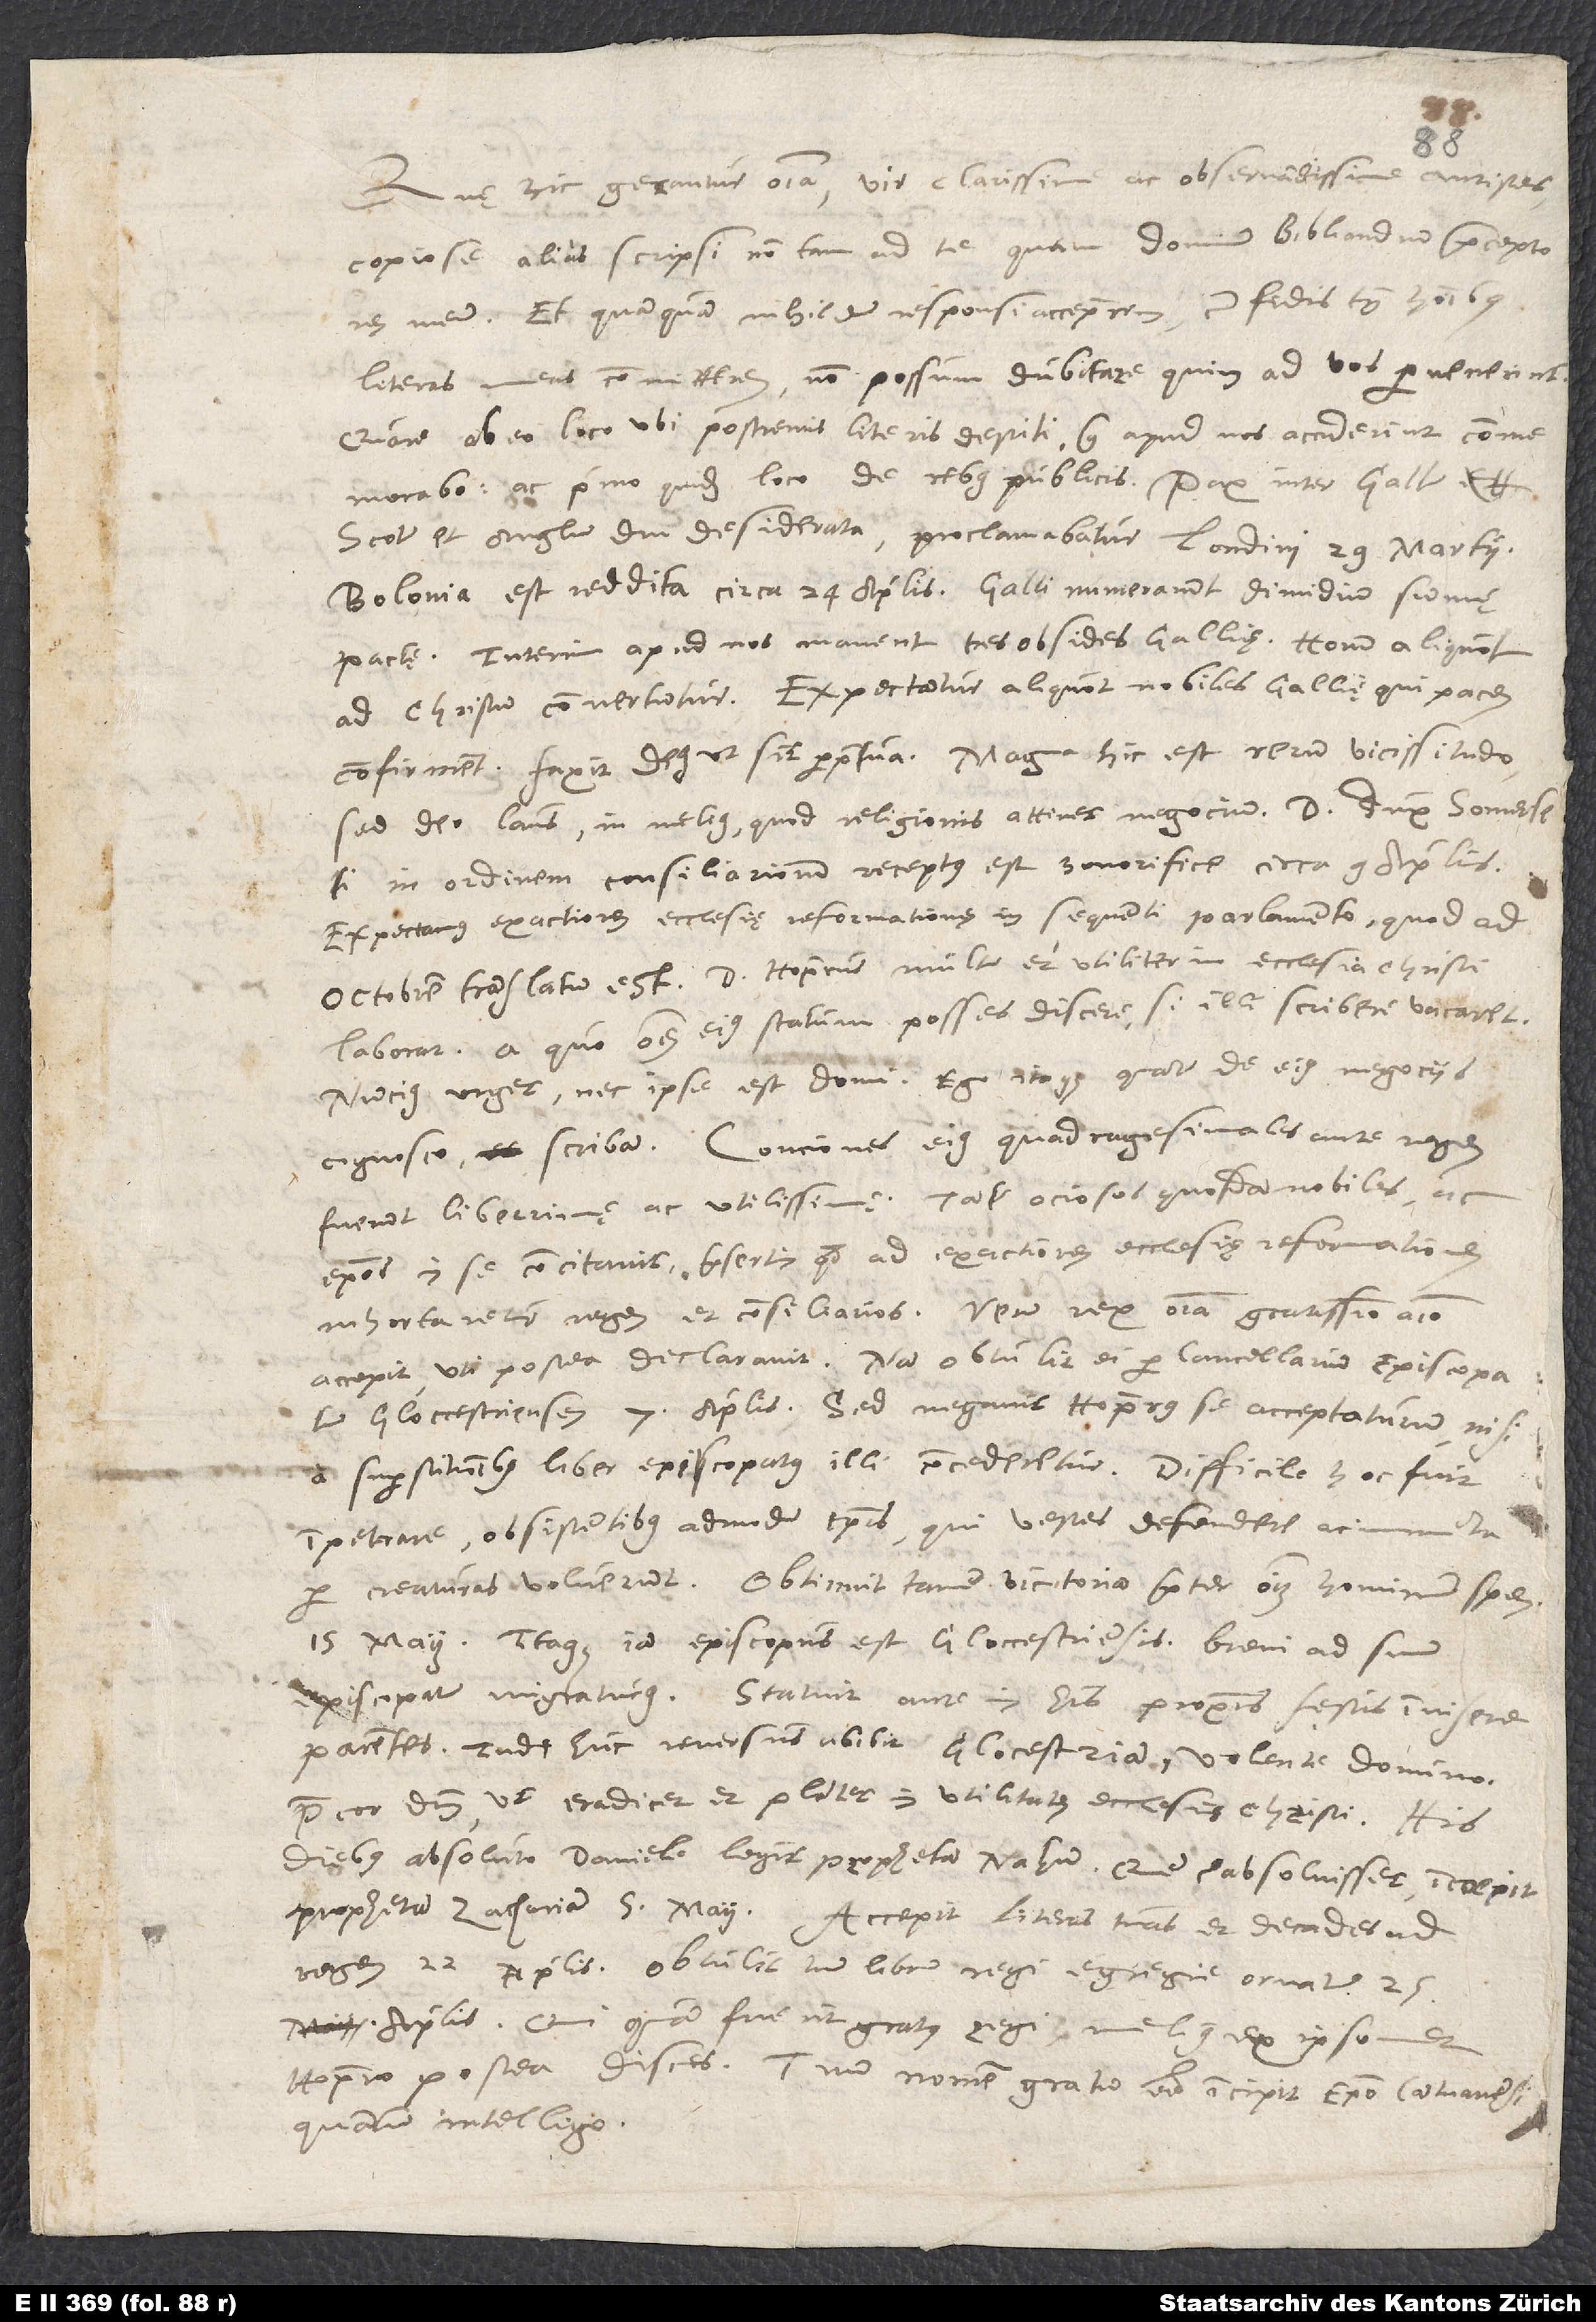
Quę hic gerantur omnia, vir clarissime ac observandissime antistes,
copiose alias scripsi, non tam ad te quam dominum Bibliandrum praeceptorem
meum. Et quamquam nihil dum responsi acceperim, cum fidis tamen hominibus
literas meas committerem, non possum dubitare quin ad vos pervenerint.
Quare ab eo loco ubi postremis literis destiti, quae apud nos acciderint, commemorabo:
ac primo quidem loco de rebus publicis. Pax inter Gallum,
Scotum, et Anglum, diu desiderata, proclamabatur Londini 29 martii.
Bolonia est reddita circa 24 aprilis. Galli numerarunt dimidium summę
Interim apud nos manent tres obsides Gallię. Horum aliquot
confirment. Faxit deus ut sit perpetua! Magna hic est rerum vicissitudo,
in ordinem consiliariorum receptus est honorifice circa 9 aprilis.
Expectamus exactiorem ecclesię reformationem in sequenti parlamento, quod ad
octobrem translatum est D. Hoperus multum et utiliter in ecclesia Christi
laborat; a quo omnem eius statum posses discere, si illi scribere vacaret.
Nuncius urget, nec ipse est domi: ego itaque quantum de eius negociis
fuerunt liberrimę ac utilissimę. Tantum ociosos quosdam nobiles ac
episcopos in se concitavit, praesertim quod ad exactiorem ecclesię reformationem
inhortaretur regem et consiliarios. Verum rex omnia gratissimo animo
accepit, uti postea declaravit: nam obtulit ei per cancellarium episcopatum
Gloccestriensem 7 aprilis; sed negavit Hoperus se accepturum, nisi
impetrare obsistentibus admodum episcopis, qui vestes defendere ac inventa
per creaturas voluerunt. Obtinuit tamen victoriam praeter omnium hominum spem
15 maii. Itaque iam episcopus est Gloccestriensis, brevi ad suum
episcopatum migraturus. Statuit ante in his proximis festis invisere
parentes. Inde huc reversus abibit Glocestriam, volente domino.
Precor dominum ut eradicet et plantet in utilitatem ecclesię Christi.
diebus, absoluto Daniele, legit prophetam Nahum; quem cum absolvisset, incoepit
prophetam Zachariam 5 maii. Accepit literas tuas et decades ad
rege 22 aprilis. Obtulit tum librum regi egregie ornatum, 25
aprilis; qui quam fuerit gratus regi, melius ex ipsomet
Hopero postea discas. Tuum nomen gratum esse incipit episcopo Cantuariensi,
quantum intelligo.